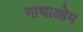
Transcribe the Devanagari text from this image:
गाथाओम